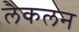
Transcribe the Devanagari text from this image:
लैकलन